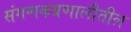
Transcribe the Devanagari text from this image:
संगणकप्रणालीतील